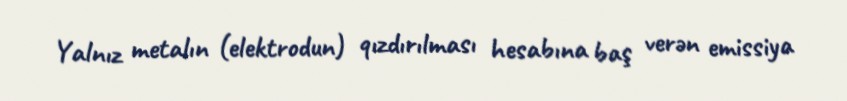
Yalnız metalın (elektrodun) qızdırılması hesabına baş verən emissiya